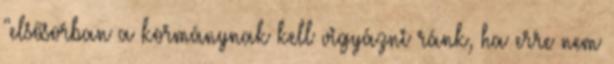
"elsősorban a kormánynak kell vigyázni ránk, ha erre nem